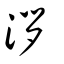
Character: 𣴖